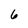
Character: 6